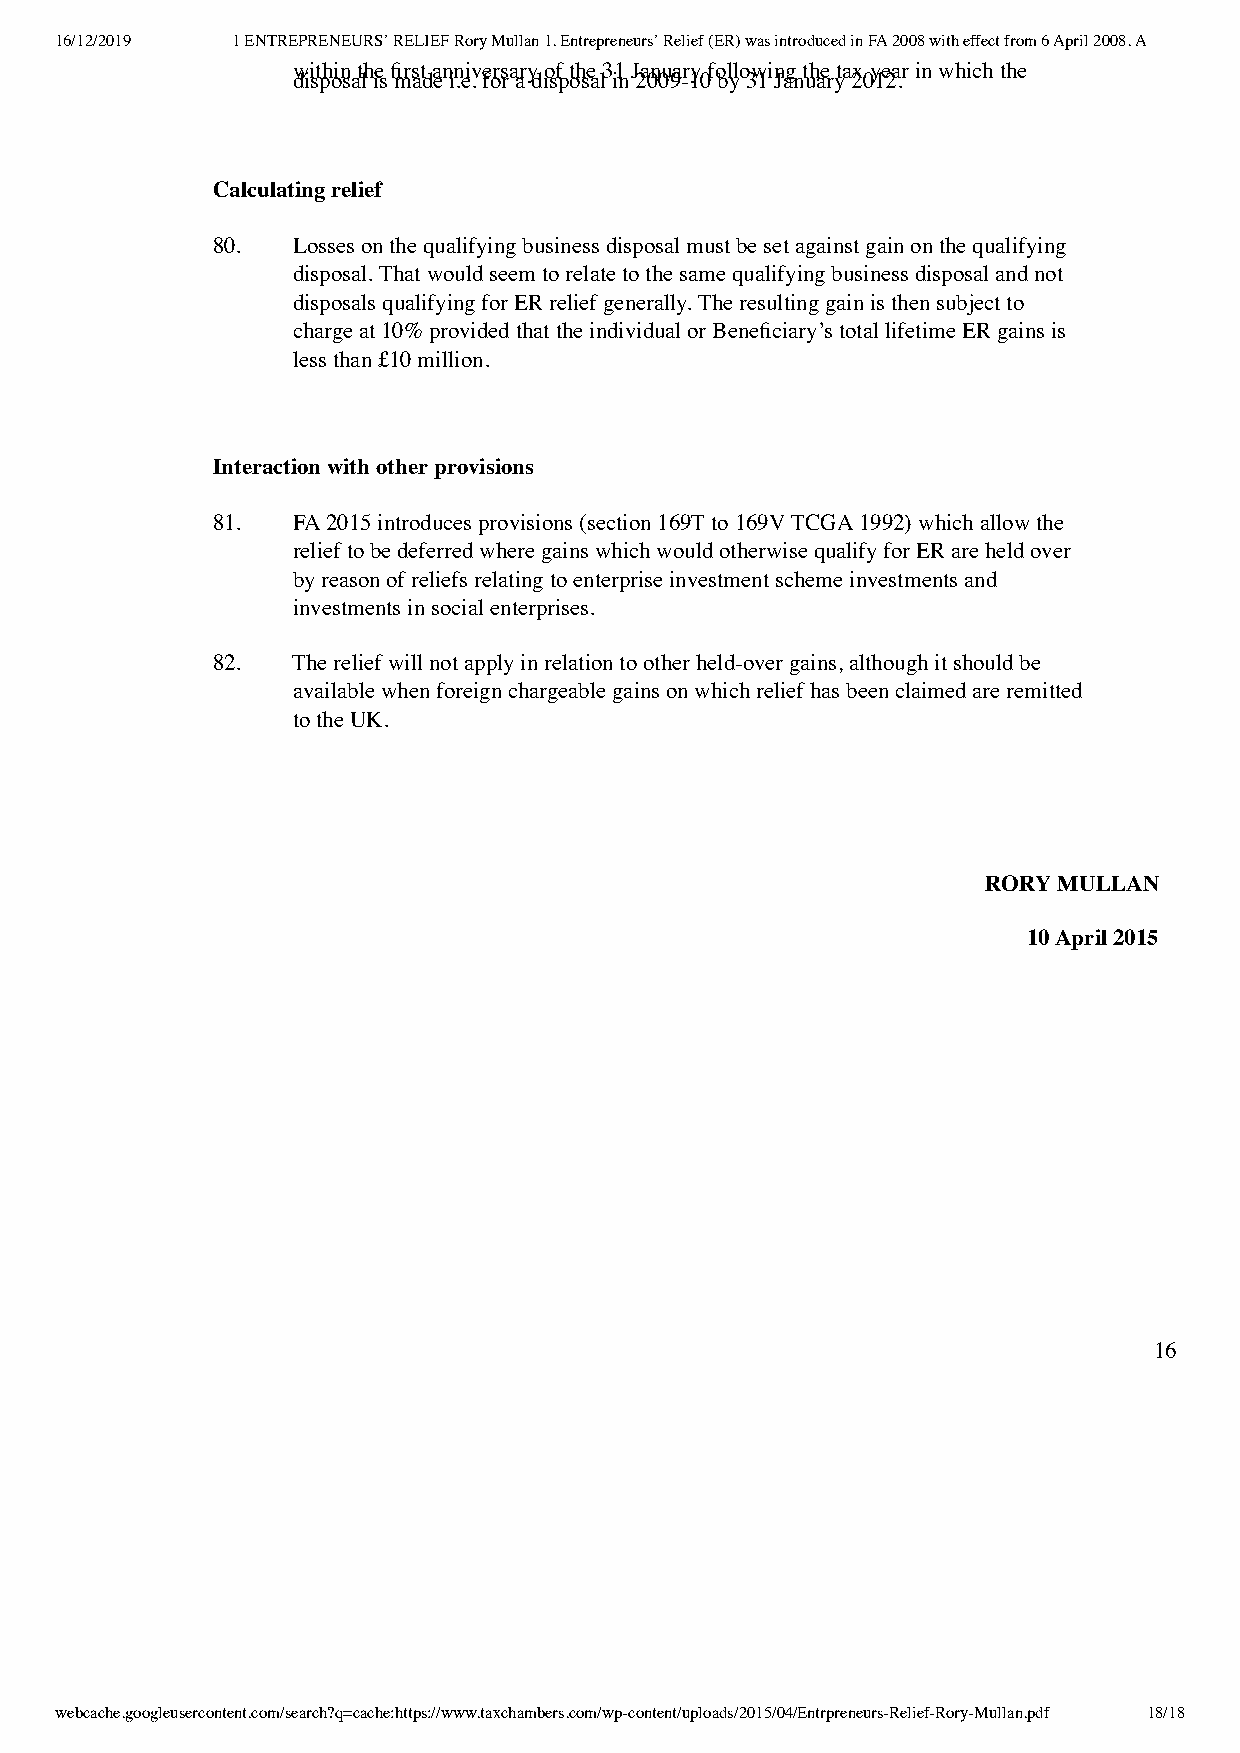
16/12/2019 1 ENTREPRENEURS’ RELIEF Rory Mullan 1. Entrepreneurs’ Relief (ER) was introduced in FA 2008 with effect from 6 April 2008. A
 within the first anniversary of the 31 January following the tax year in which the
 disposal is made i.e. for a disposal in 2009-10 by 31 January 2012.
 Calculating relief
 80.  Losses on the qualifying business disposal must be set against gain on the qualifying
 disposal. That would seem to relate to the same qualifying business disposal and not
 disposals qualifying for ER relief generally. The resulting gain is then subject to
 charge at 10% provided that the individual or Beneficiary’s total lifetime ER gains is
 less than £10 million.
 Interaction with other provisions
 81.  FA 2015 introduces provisions (section 169T to 169V TCGA 1992) which allow the
 relief to be deferred where gains which would otherwise qualify for ER are held over
 by reason of reliefs relating to enterprise investment scheme investments and
 investments in social enterprises.
 82.  The relief will not apply in relation to other held-over gains, although it should be
 available when foreign chargeable gains on which relief has been claimed are remitted
 to the UK.
 RORY MULLAN
 10 April 2015
 16
 webcache.googleusercontent.com/search?q=cache:https://www.taxchambers.com/wp-content/uploads/2015/04/Entrpreneurs-Relief-Rory-Mullan.pdf 18/18